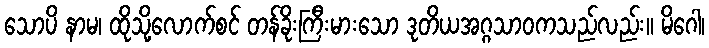
သောပိ နာမ၊ ထိုသို့လောက်စင် တန်ခိုးကြီးမားသော ဒုတိယအဂ္ဂသာဝကသည်လည်း။ မိဂေါ၊